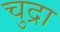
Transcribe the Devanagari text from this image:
चुद्रा